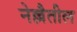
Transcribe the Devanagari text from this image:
नेल्लैतील